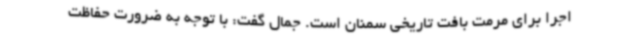
اجرا برای مرمت بافت تاریخی سمنان است. جمال گفت: با توجه به ضرورت حفاظت